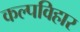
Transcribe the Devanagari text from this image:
कल्पविहार